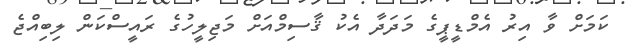
ކަމަށް ވާ އިރު އެމްޑީޕީގެ މަދަދާ އެކު ޤާސިމްއަށް މަޖިލީހުގެ ރައީސްކަން ލިބިއްޖެ